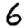
Digit: 6